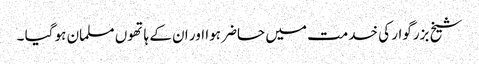
شیخ بزرگوار کی خدمت میں حاضر ہوا اور ان کے ہاتھوں مسلمان ہو گیا ۔